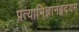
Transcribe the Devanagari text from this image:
प्रत्याभिज्ञानहृदयम्